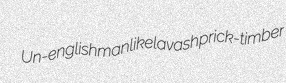
Un-englishmanlike lavash prick-timber